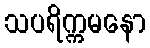
သပရိက္ကမနော